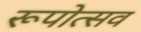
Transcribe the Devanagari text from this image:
रूपोत्सव